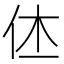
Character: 𠇾